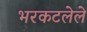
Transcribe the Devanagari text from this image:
भरकटलेले